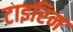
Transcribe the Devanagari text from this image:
टाइरिन